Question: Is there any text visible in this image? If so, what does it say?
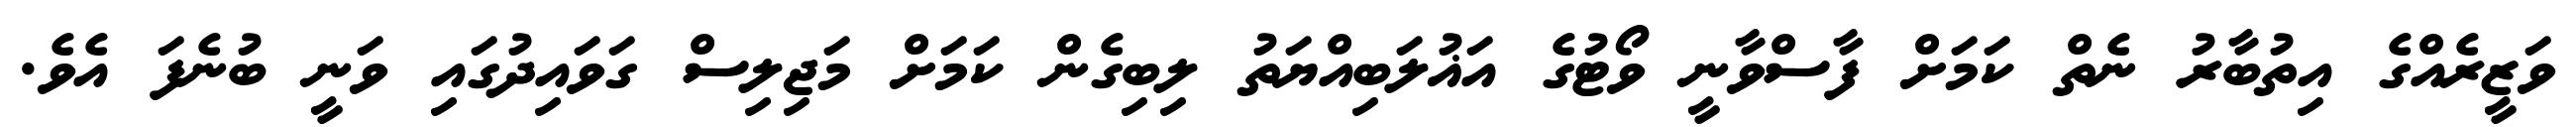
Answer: ވަޒީރެއްގެ އިތުބާރު ނެތް ކަމަށް ފާސްވާނީ ވޯޓުގެ އަޣުލަބިއްޔަތު ލިބިގެން ކަމަށް މަޖިލިސް ގަވައިދުގައި ވަނީ ބުނެފަ އެވެ.